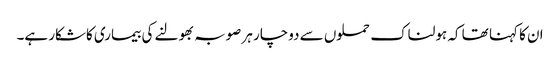
ان کا کہنا تھا کہ ہولناک حملوں سے دوچار ہر صوبہ بھولنے کی بیماری کاشکار ہے۔